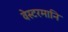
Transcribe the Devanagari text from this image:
वेस्टरमानि